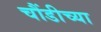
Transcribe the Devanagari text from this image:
चौंडीच्या